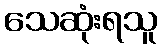
သေဆုံးရသူ